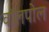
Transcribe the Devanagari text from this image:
वॉलपोल